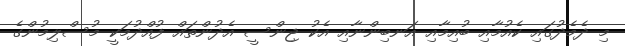
މި ދެމެދުގައި ކެއުމާއި ބުއިމާއި އަނބިންނާއި އެކު ޖިންސީ އެދުންތައް ފުއްދުމަކީ މުސްލިމުންގެ